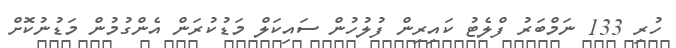
ހުރި 133 ނަމްބަރު ފްލެޓު ކައިރިން ފުލުހުން ސައިކަލް މަޑުކުރަން އެންގުމުން މަޑުނުކޮށް